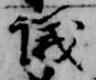
議